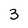
Character: 3